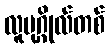
လူပုဂ္ဂိုလ်တစ်